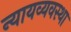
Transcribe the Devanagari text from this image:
न्‍यायव्‍यवस्‍था